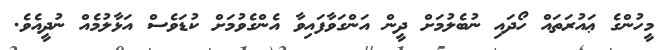
މީހުންގެ ޢައުރަތައް ހޯދައި ނުބެލުމަށް ދީން އަންގަވާފައިވާ އެންގެވުމަށް ކުޑަވެސް އަޅާލުމެއް ނުދީއެވެ.